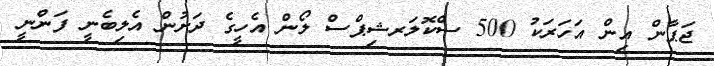
ޖަޕާން އިން އަހަރަކު 500 ސްކޮލަރޝިޕްސް ލޯން އެހީގެ ދަށުން އެލިބެނީ ފަންނީ